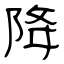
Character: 降